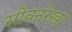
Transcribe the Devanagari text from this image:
सीवनरेखा